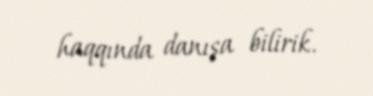
haqqında danışa bilirik.